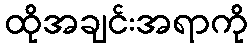
ထိုအချင်းအရာကို